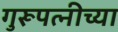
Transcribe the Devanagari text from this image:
गुरूपत्नीच्या